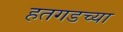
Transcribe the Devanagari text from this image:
हतगडच्या